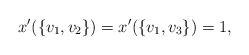
LaTeX: \begin{align*} x'(\{v_1,v_2\}) = x'(\{v_1,v_3\}) = 1, \end{align*}